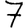
Digit: 7